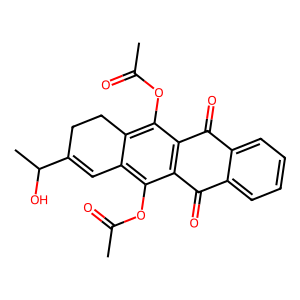
SMILES: CC(=O)Oc1c2c(c(OC(C)=O)c3c1C(=O)c1ccccc1C3=O)CCC(C(C)O)=C2
Inhibits HIV replication: No